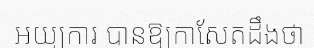
អយ្យការ បានឱ្យកាសែតដឹងថា